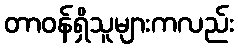
တာဝန်ရှိသူများကလည်း